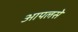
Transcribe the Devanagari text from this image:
आपलसे